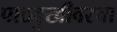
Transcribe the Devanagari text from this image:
पाठदुखीवरचा